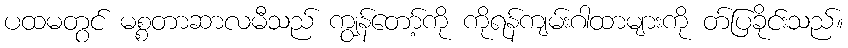
ပထမတွင် မစ္စတာဆာလမီသည် ကျွန်တော့်ကို ကိုရန်ကျမ်းဂါထာများကို တ်ပြခိုင်းသည်။